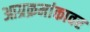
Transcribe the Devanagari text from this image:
आग्रक्रमांकावर